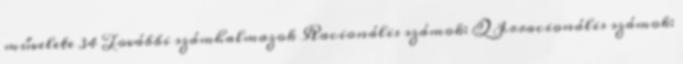
művelete 34 További számhalmazok Racionális számok: Q Irracionális számok: